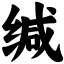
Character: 缄